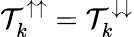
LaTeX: \mathcal{T}_{k}^{\uparrow\uparrow}=\mathcal{T}_{k}^{\downarrow\downarrow}